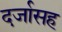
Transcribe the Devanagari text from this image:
दर्जासह